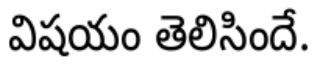
విషయం తెలిసిందే.